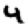
Digit: 4